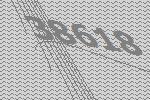
38618